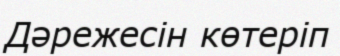
Дәрежесін көтеріп